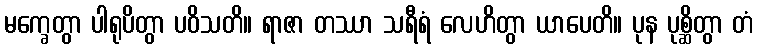
မက္ခေတွာ ပါရုပိတွာ ပဝိသတိ။ ရာဇာ တဿာ သရီရံ လေဟိတွာ ယာပေတိ။ ပုန ပုစ္ဆိတွာ တံ